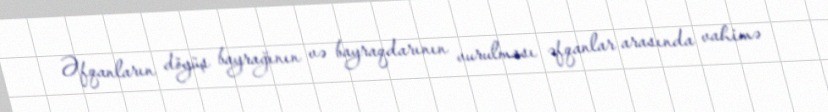
Əfqanların döyüş bayrağının və bayraqdarının vurulması əfqanlar arasında vahimə